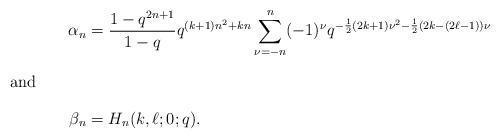
LaTeX: \begin{align*} \alpha_n &= \frac{1-q^{2n+1}}{1-q}q^{(k+1)n^2+kn}\sum_{\nu=-n}^{n}(-1)^\nu q^{-\frac{1}{2}(2k+1)\nu^2 - \frac{1}{2}(2k - (2\ell-1))\nu} \\\intertext{and}\beta_n &= H_n(k,\ell;0;q). \end{align*}